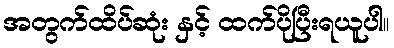
အတွက်ထိပ်ဆုံး နှင့် ထက်ပိုပြီးရယူပါ။